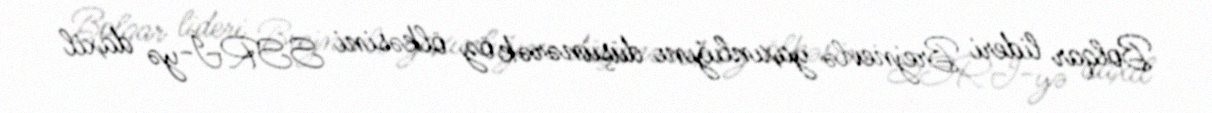
Bolqar lideri Brejnevlə yaxınlığını düşünərək öz ölkəsini SSRİ-yə daxil